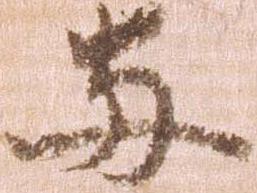
両